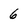
Character: 6